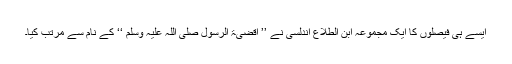
ایسے ہی فیصلوں کا ایک مجموعہ ابن الطلاع اندلسی نے ’’ اقضیۃ الرسول صلی اللہ علیہ وسلم ‘‘ کے نام سے مرتب کیا۔